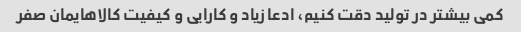
کمی بیشتر در تولید دقت کنیم، ادعا زیاد و کارایی و کیفیت کالاهایمان صفر